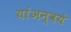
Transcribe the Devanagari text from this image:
यांअन्वये